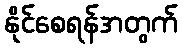
နိုင်စေရန်အတွက်